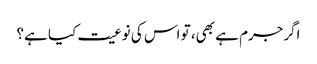
اگرجرم ہے بھی، تو اس کی نوعیت کیا ہے؟